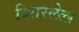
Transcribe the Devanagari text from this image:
वितरलेला